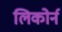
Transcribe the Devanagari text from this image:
लिकोर्न